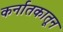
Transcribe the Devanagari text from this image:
कर्नातकातून